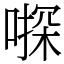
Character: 𠽄